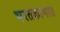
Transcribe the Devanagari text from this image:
भरतकामात